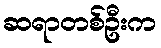
ဆရာတစ်ဦးက